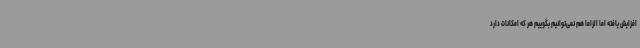
افزایش یافته اما الزاماً هم نمی‌توانیم بگوییم هر که امکانات دارد